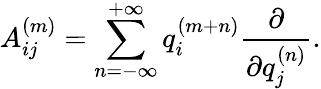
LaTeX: A_{ij}^{(m)}=\sum_{n=-\infty}^{+\infty}q_{i}^{(m+n)}\frac{\partial}{\partial{q_{j}^{(n)}}}.